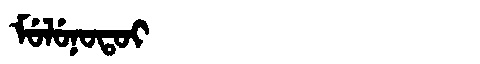
Manchu: ᠮᡠᠯᡠᠨᠣᡨᠣᡳ
Romanization: MULUNOTOI